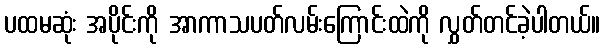
ပထမဆုံး အပိုင်းကို အာကာသပတ်လမ်းကြောင်းထဲကို လွှတ်တင်ခဲ့ပါတယ်။